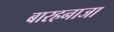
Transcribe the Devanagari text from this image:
बारहनाजा